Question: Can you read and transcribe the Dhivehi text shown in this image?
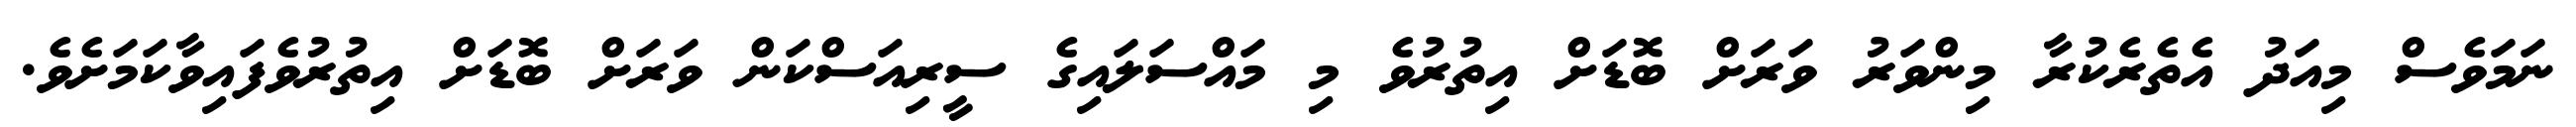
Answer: ނަމަވެސް މިއަދު އެތެރެކުރާ މިންވަރު ވަރަށް ބޮޑަށް އިތުރުވެ މި މައްސަލައިގެ ސީރިއަސްކަން ވަރަށް ބޮޑަށް އިތުރުވެފައިވާކަމަށެވެ.